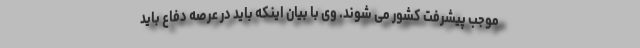
موجب پیشرفت کشور می شوند. وی با بیان اینکه باید در عرصه دفاع باید